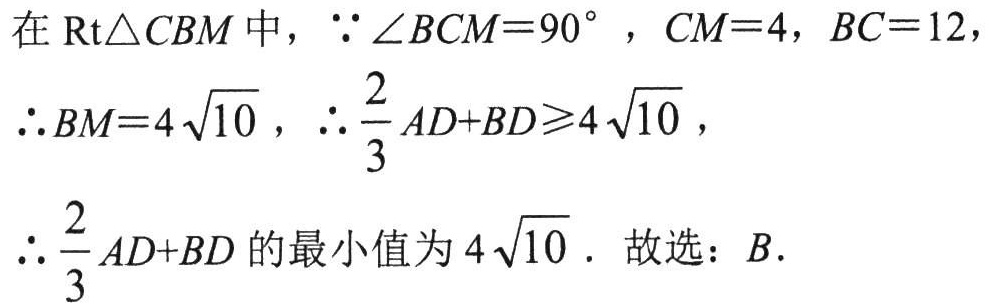
在 \(\text{Rt}\triangle CBM\) 中，\(\because \angle BCM = 90^{\circ}\)，\(CM = 4\)，\(BC = 12\)，
\(\therefore BM = 4\sqrt{10}\)，\(\therefore \frac{2}{3}AD + BD\geqslant4\sqrt{10}\)，
\(\therefore \frac{2}{3}AD + BD\) 的最小值为 \(4\sqrt{10}\)．故选：\(B\)．